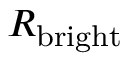
R _ { \mathrm { b r i g h t } }